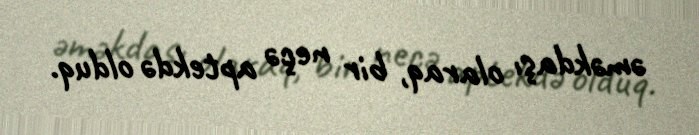
əməkdaşı olaraq, bir neçə aptekdə olduq.